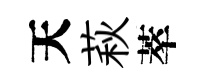
天萩萃